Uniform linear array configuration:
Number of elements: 12
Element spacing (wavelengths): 0.75
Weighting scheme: exponential
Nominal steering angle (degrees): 0
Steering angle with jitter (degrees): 1.0
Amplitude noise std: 0.05
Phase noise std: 0.05

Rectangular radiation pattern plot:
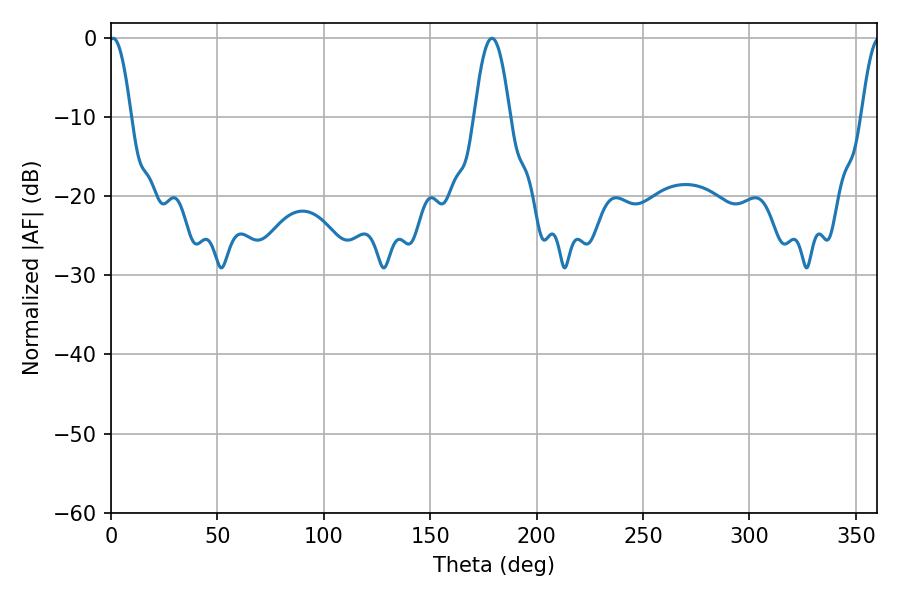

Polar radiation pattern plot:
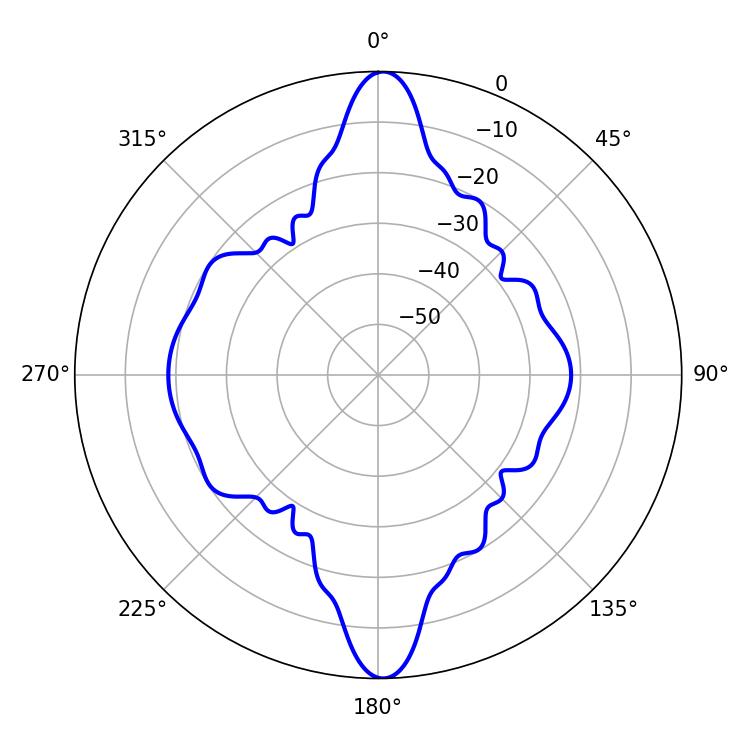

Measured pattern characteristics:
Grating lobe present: TRUE
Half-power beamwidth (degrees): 5.58
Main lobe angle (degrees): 1.08